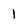
Character: 1